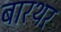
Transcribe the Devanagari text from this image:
बारथर